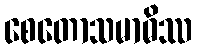
စေတောသမာဓိဿ